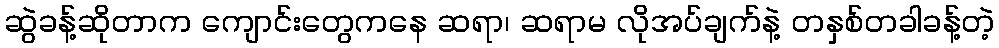
ဆွဲခန့်ဆိုတာက ကျောင်းတွေကနေ ဆရာ၊ ဆရာမ လိုအပ်ချက်နဲ့ တနှစ်တခါခန့်တဲ့